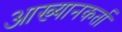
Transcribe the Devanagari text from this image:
आख्यानकर्ता